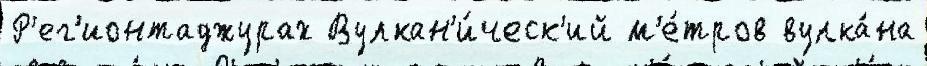
Р'ег'ионтаджурах Вулкан'и́ческ'ий м'е́тров вулка́на